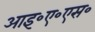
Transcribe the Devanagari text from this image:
आइ॰ए॰एस॰